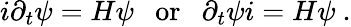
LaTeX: i\partial_{t}\psi=H\psi~~~\mathrm{or}~~~\partial_{t}\psi i=H\psi~.